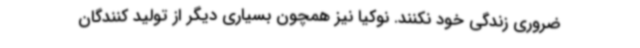
ضروری زندگی خود نکنند. نوکیا نیز همچون بسیاری دیگر از تولید کنندگان